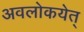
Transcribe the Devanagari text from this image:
अवलोकयेत्